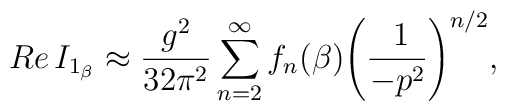
Re\,I_{1_\beta} \approx \frac{g^2}{32\pi^2}  \sum_{n=2}^\infty  f_n(\beta)\Bigg(\frac{\: 1}{-p^2}\Bigg)^{n/2},